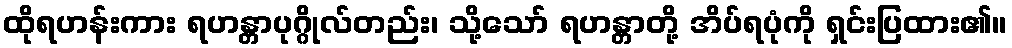
ထိုရဟန်းကား ရဟန္တာပုဂ္ဂိုလ်တည်း၊ သို့သော် ရဟန္တာတို့ အိပ်ရပုံကို ရှင်းပြထား၏။